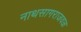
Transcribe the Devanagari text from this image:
नाथसागराजवळ